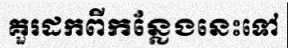
គួរដកពីកន្លែងនេះទៅ